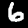
Digit: 6